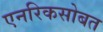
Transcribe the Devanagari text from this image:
एनरिकसोबत